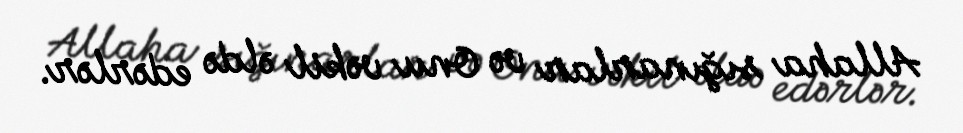
Allaha sığınarlar və Onu vəkil əldə edərlər.